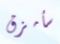
سأمزق